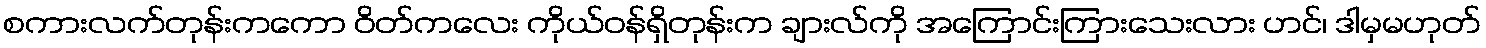
စကားလက်တုန်းကကော ဝိတ်ကလေး ကိုယ်ဝန်ရှိတုန်းက ချားလ်ကို အကြောင်းကြားသေးလား ဟင်၊ ဒါမှမဟုတ်